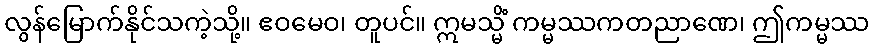
လွန်မြောက်နိုင်သကဲ့သို့။ ဧဝမေဝ၊ တူပင်။ ဣမသ္မိံ ကမ္မဿကတညာဏေ၊ ဤကမ္မဿ